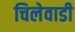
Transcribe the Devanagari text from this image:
चिलेवाडी